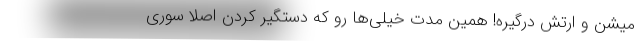
میشن و ارتش درگیره! همین مدت خیلی‌ها رو که دستگیر کردن اصلاً سوری